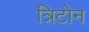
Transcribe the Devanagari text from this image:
त्रिटोन